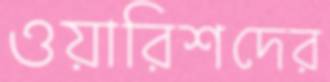
ওয়ারিশদের